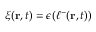
\xi ( \mathbf { r } , t ) = \epsilon ( \ell ^ { - } ( \mathbf { r } , t ) )